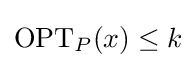
{\text{OPT}}_{P}(x)\leq k